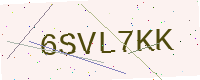
Text: 6SVL7KK